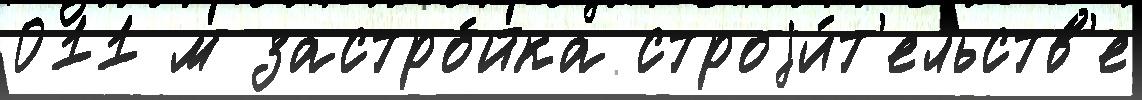
011 м застро́йка строjи́т'ельств'е